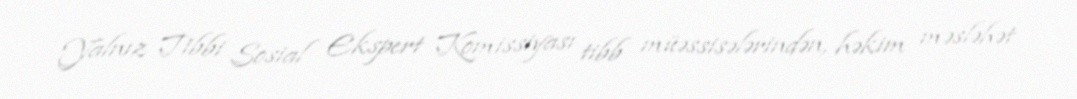
Yalnız Tibbi Sosial Ekspert Komissiyası tibb müəssisələrindən, həkim məsləhət